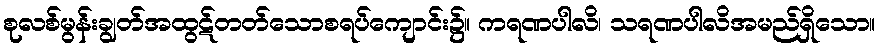
စုလစ်မွန်းချွတ်အထွဋ်တတ်သောစရပ်ကျောင်း၌။ ကရဏပါလိ၊ သရဏပါလိအမည်ရှိသော။